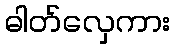
ဓါတ်လှေကား